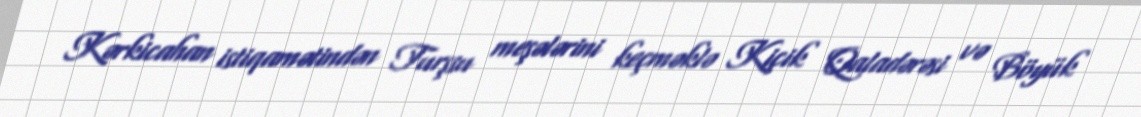
Kərkicahan istiqamətindən Turşsu meşələrini keçməklə Kiçik Qaladərəsi və Böyük